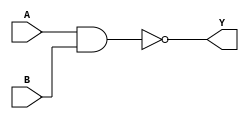
// 5932_74HC00.v
module HC00(A,B,Y);
input [4:1]A,B;
output [4:1]Y;
assign Y=~(A&B);//74HC00  
endmodule